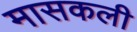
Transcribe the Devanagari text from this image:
मासकली